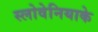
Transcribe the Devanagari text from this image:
स्लोवेनियाके